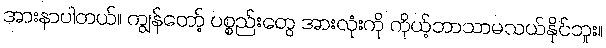
အားနာပါတယ်။ ကျွန်တော့် ပစ္စည်းတွေ အားလုံးကို ကိုယ့်ဘာသာမသယ်နိုင်ဘူး။